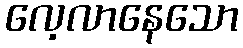
လေ့လာနေသော